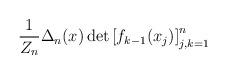
LaTeX: \begin{align*} \frac{1}{Z_n} \Delta_n(x) \det \left[ f_{k-1}(x_j) \right]_{j,k=1}^n \end{align*}